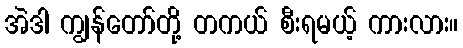
အဲဒါ ကျွန်တော်တို့ တကယ် စီးရမယ့် ကားလား။